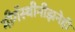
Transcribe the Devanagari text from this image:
मीगॅस्थीनीझनेही